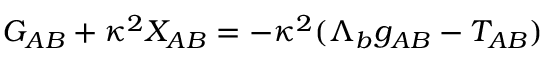
G _ { A B } + \kappa ^ { 2 } X _ { A B } = - \kappa ^ { 2 } ( \Lambda _ { b } g _ { A B } - T _ { A B } )